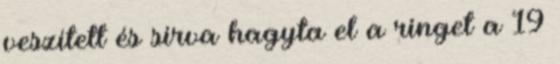
veszített és sírva hagyta el a ringet a 19